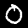
Label: 0